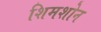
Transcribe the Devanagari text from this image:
शिमशोन